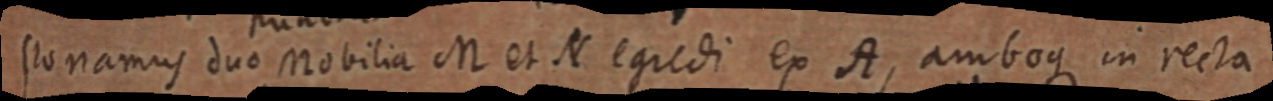
stonamus duo Mobilia M et N egredi ex A, amboque in recta